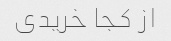
از کجا خریدی